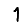
Digit: 1